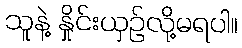
သူနဲ့ နှိုင်းယှဉ်လို့မရပါ။